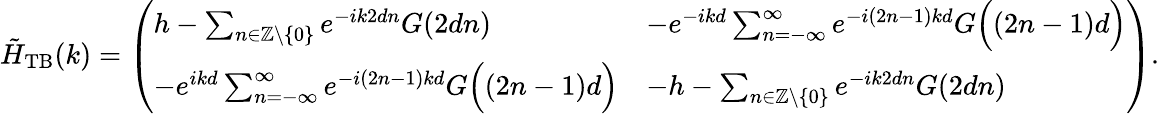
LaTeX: \tilde{H}_{\mathrm{TB}}(k)=\left(\begin{array}{ll}{h-\sum_{n\in\mathbb{Z}\backslash\{ 0\} }e^{-ik2dn}G(2dn)}&{-e^{-ikd}\sum_{n=-\infty}^{\infty}e^{-i(2n-1)kd}G\Bigl((2n-1)d\Bigr)}\\ {-e^{ikd}\sum_{n=-\infty}^{\infty}e^{-i(2n-1)kd}G\Bigl((2n-1)d\Bigr)}&{-h-\sum_{n\in\mathbb{Z}\backslash\{ 0\} }e^{-ik2dn}G(2dn)}\end{array}\right).